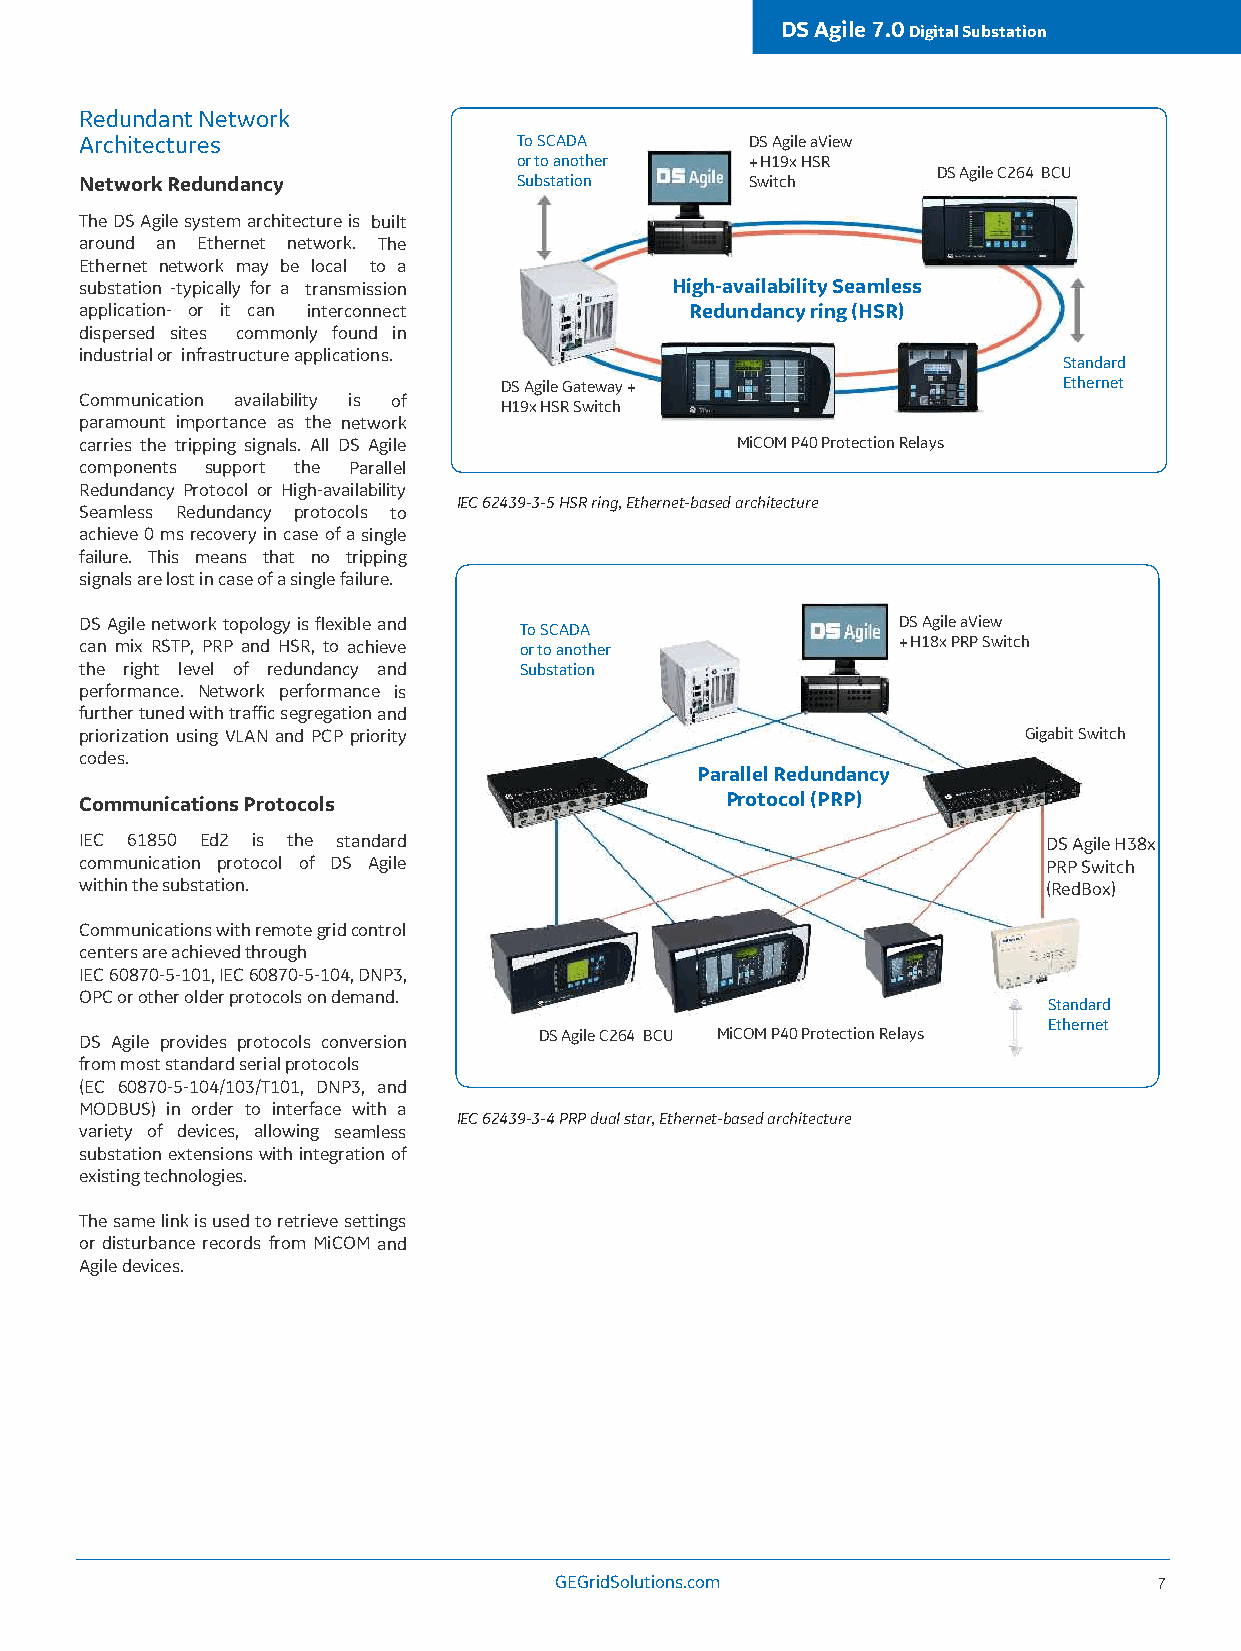
DS Agile 7.0 Digital Substation
 Redundant Network
 Architectures                To SCADA        DS Agile aView
 or to another   + H19x HSR
 DS Agile C264 BCU
 Network Redundancy           Substation      Switch
 The DS Agile system architecture is built
 around an Ethernet network. The
 Ethernet network may be local to a
 substation -typically for a transmission High-availability Seamless
 application- or it can interconnect      Redundancy ring (HSR)
 dispersed sites commonly found in
 industrial or infrastructure applications.
 Standard
 DS Agile Gateway +                   Ethernet
 Communication availability is of
 H19x HSR Switch
 paramount importance as the network
 carries the tripping signals. All DS Agile  MiCOM P40 Protection Relays
 components support the Parallel
 Redundancy Protocol or High-availability
 IEC 62439-3-5 HSR ring, Ethernet-based architecture
 Seamless Redundancy protocols to
 achieve 0 ms recovery in case of a single
 failure. This means that no tripping
 signals are lost in case of a single failure.
 DS Agile network topology is flexible and To SCADA    DS Agile aView
 can mix RSTP, PRP and HSR, to achieve or to another   + H18x PRP Switch
 the right level of redundancy and Substation
 performance. Network performance is
 further tuned with traffic segregation and
 priorization using VLAN and PCP priority                       Gigabit Switch
 codes.
 Parallel Redundancy
 Communications Protocols                   Protocol (PRP)
 IEC 61850 Ed2 is the standard                                   DS Agile H38x
 communication protocol of DS Agile                              PRP Switch
 within the substation.                                          (RedBox)
 Communications with remote grid control
 centers are achieved through
 IEC 60870-5-101, IEC 60870-5-104, DNP3,
 OPC or other older protocols on demand.
 Standard
 Ethernet
 DS Agile provides protocols conversion DS Agile C264 BCU MiCOM P40 Protection Relays
 from most standard serial protocols
 (EC 60870-5-104/103/T101, DNP3, and
 MODBUS) in order to interface with a
 IEC 62439-3-4 PRP dual star, Ethernet-based architecture
 variety of devices, allowing seamless
 substation extensions with integration of
 existing technologies.
 The same link is used to retrieve settings
 or disturbance records from MiCOM and
 Agile devices.
 GEGridSolutions.com
 7